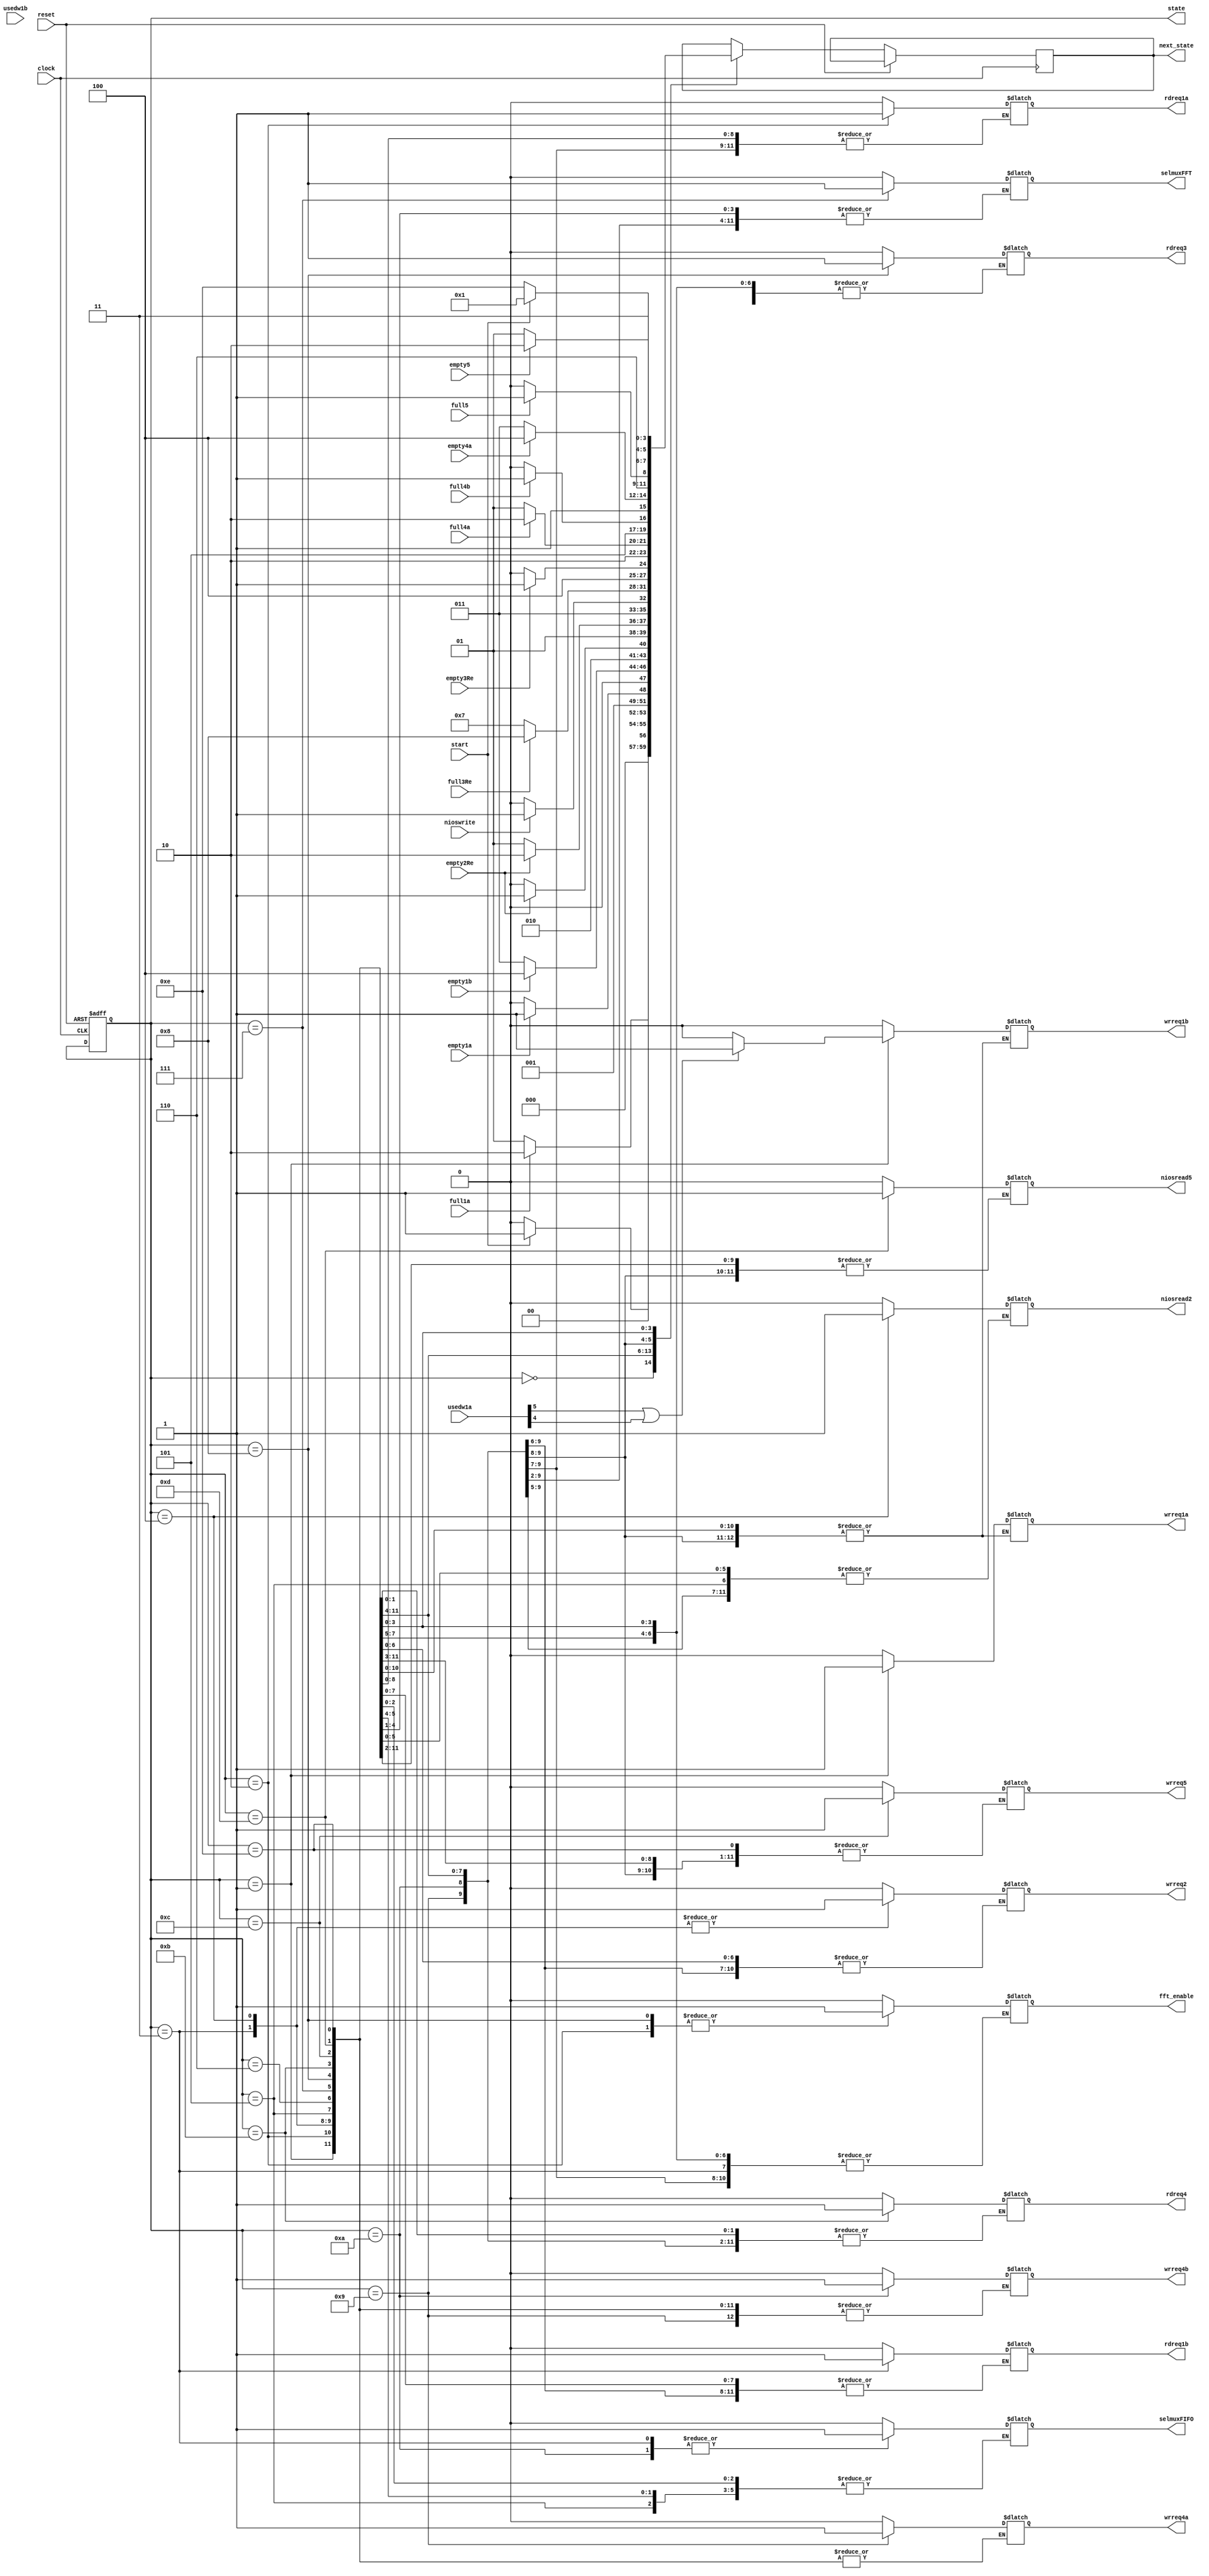
module cunit(reset,clock,start,
	usedw1a,usedw1b,wrreq1a,wrreq1b,
	rdreq1a,rdreq1b,empty1a,empty1b,
	selmuxFIFO,selmuxFFT,fft_enable,
	niosread2,niosread5,nioswrite,
	empty3Re,rdreq3,wrreq4b,
	wrreq4a, rdreq4,empty2Re,
	wrreq2,empty5,wrreq5,
	full1a,full4a,full4b,full5,full3Re,empty4a,
	state,next_state);
	
	input reset,clock;
	input start;
	input [5:0]usedw1a;
	input [5:0]usedw1b;
	output reg wrreq1a;
	output reg wrreq1b;
	output reg rdreq1a;
	output reg rdreq1b;
	input empty1a,empty1b;
	output reg selmuxFIFO;
	output reg selmuxFFT;
	output reg fft_enable;
	output reg niosread2,niosread5;
	input nioswrite;
	input empty3Re;
	output reg wrreq4b;
	output reg wrreq4a;
	output reg rdreq4;
	input empty2Re;
	output reg rdreq3,wrreq2,wrreq5;
	input empty5,empty4a;
	
	input full1a,full4a,full4b,full5,full3Re;
	

	parameter [3:0]
		INIT	= 4'd0,
		S1		= 4'd1,
		S2		= 4'd2,
		S3		= 4'd3,
		S4		= 4'd4,
		S5		= 4'd5,
		S6		= 4'd6,
		S7		= 4'd7,
		S8		= 4'd8,
		S9		= 4'd9,
		S10		= 4'd10,
		S11		= 4'd11,
		S12		= 4'd12,
		S13		= 4'd13,
		S14		= 4'd14;
		
		output reg [3:0] state,next_state;
		
		always @ (state or usedw1a)
		begin
			case (state)
			INIT :
			begin
				rdreq1a = 0;
				wrreq1a = 0;
				wrreq1b = 0;
				rdreq1b = 0;
				wrreq2 = 0;
				niosread2 = 0;
				//nioswrite = 0;
				rdreq3 = 0;
				wrreq4a = 0;
				wrreq4b = 0;
				rdreq4 = 0;
				wrreq5 = 0;
				niosread5 = 0;
				fft_enable = 0;
				selmuxFIFO = 0;
				selmuxFFT = 0;
			end
			S1 :
			begin
					wrreq1a = 1;
					if(usedw1a[5]==1 | usedw1a[4]==1)
						wrreq1b = 1;
					else
						wrreq1b = 0;
			end
			S2 :
			begin
				rdreq1a = 1;
				fft_enable = 1;
			end
			S3 :
			begin
				rdreq1b = 1;
				wrreq2 = 1;
				rdreq1a = 0;
				selmuxFIFO = 1;
			end
			S4 :
			begin
				wrreq2 = 1;
				niosread2 = 1;
				fft_enable =0;
				rdreq1b = 0;
			end
			S5 :
			begin
				wrreq2 = 0;
			end
			S6 :
			begin
				niosread2 = 0;
				selmuxFIFO = 0;
			end
			S7 :
			begin
				selmuxFFT = 1;
			end
			S8 :
			begin
				rdreq3 = 1;
				fft_enable = 1;
			end
			S9 :
			begin
				wrreq4a = 1;
			end
			S10 :
			begin
				wrreq4a = 0;
				wrreq4b = 1;
				selmuxFIFO = 1;
			end
			S11 :
			begin
				rdreq4 = 1;
				selmuxFIFO = 0;
			end
			S12 :
			begin
			//DENGAN LATENCY
				rdreq4 = 0;
				wrreq5 = 1;
			end
			S13 :
			begin
				wrreq5 = 0;
				niosread5 = 1;
			end
			S14 :
			begin
				niosread5 = 0;
				selmuxFFT = 0;
			end
			default :
			begin
				rdreq1a = 0;
				wrreq1a = 0;
				wrreq1b = 0;
				rdreq1b = 0;
				wrreq2 = 0;
				niosread2 = 0;
				//nioswrite = 0;
				rdreq3 = 0;
				wrreq4a = 0;
				wrreq4b = 0;
				rdreq4 = 0;
				wrreq5 = 0;
				niosread5 = 0;
				fft_enable = 0;
				selmuxFIFO = 0;
				selmuxFFT = 0;

			end
			endcase
		end
	
	always @(posedge clock or posedge reset)
     begin
          if (reset)
               state = INIT;
          else
            case (state)
			INIT :
			begin
				if(start)
					next_state = S1;
				else
					next_state = INIT;
			end
			S1 :
			begin
					if(full1a)
						next_state = S2;
					else
						next_state = S1;
			end
			S2 :
			begin
				if(empty1a)
					next_state = S3;
				else
					next_state = S2;
			end
			S3 :
			begin
				if(empty1b)
					next_state = S4;
				else
					next_state = S3;
			end
			S4 :
			begin
				if(empty2Re)
					next_state = S5;
				else
					next_state = S4;
			end
			S5 :
			begin
				if(empty2Re)
					next_state = S6;
				else
					next_state = S5;
			end
			S6 :
			begin
				if(nioswrite)
					next_state = S7;
				else
					next_state = S6;
			end
			S7 :
			begin
				if(full3Re)
					next_state = S8;
				else
					next_state = S7;
			end
			S8 :
			begin
				if(empty3Re)
					next_state = S9;
				else
					next_state = S8;
			end
			S9 :
			begin
				if(full4a)
					next_state = S10;
				else
					next_state = S9;
			end
			S10 :
			begin
				if(full4b)
					next_state = S11;
				else
					next_state = S10;
			end
			S11 :
			begin
				if(empty4a)
					next_state = S12;
				else
					next_state = S11;
			end
			S12 :
			begin
				if (full5)
					next_state = S13;
				else
					next_state = S12;
			end
			S13 :
			begin
				if(empty5)
					next_state = S14;
				else
					next_state = S13;
			end
			S14 :
			begin
				if(start)
					next_state = S1;
				else
					next_state = S14;
			end
			endcase
     end

endmodule